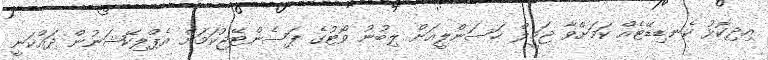
އިދިކޮޅު ކެނޑިޑޭޓެއް ކަމަށްވާ ޖަމީލް ހަސަންލީއަށް ލިބުނު ވޯޓުގެ ޕަސެންޓޭޖުކަމަށް އެޕްލިކޭޝަނުން ދައްކަނީ